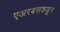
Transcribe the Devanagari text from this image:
एअरबसकडून